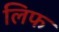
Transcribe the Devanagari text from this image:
लिफ